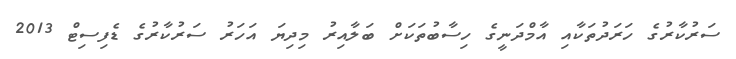
ސަރުކާރުގެ ހަރަދުތަކާއި އާމްދަނީގެ ހިސާބުތަކަށް ބަލާއިރު މިދިޔަ އަހަރު ސަރުކާރުގެ ޑެފިސިޓް 2013